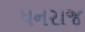
ધનરાજ